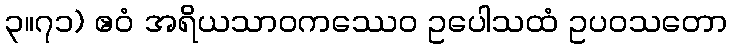
၃။၇၁) ဧဝံ အရိယသာဝကဿေဝ ဥပေါသထံ ဥပဝသတော